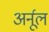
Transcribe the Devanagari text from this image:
अर्नूल